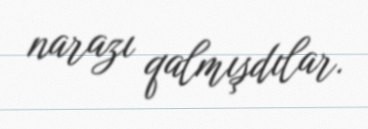
narazı qalmışdılar.